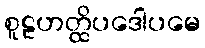
စူဠဟတ္ထိပဒေါပမေ